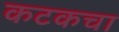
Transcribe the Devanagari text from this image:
कटकचा